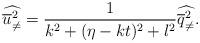
LaTeX: \begin{align*}\widehat{ \overline u^2_{\neq}} = \frac{1}{k^2 + (\eta - kt)^2 + l^2} \widehat{ \overline q^2_{\neq}}.\end{align*}